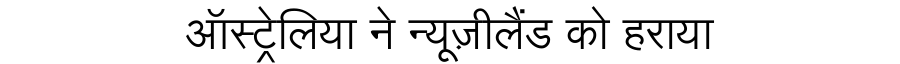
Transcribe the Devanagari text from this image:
ऑस्ट्रेलिया ने न्यूज़ीलैंड को हराया